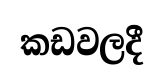
කඩවලදී